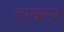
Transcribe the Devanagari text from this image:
डांक्टर